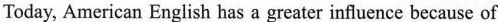
Today, American English has a greater influence because of